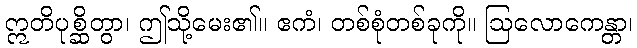
ဣတိပုစ္ဆိတွာ၊ ဤသို့မေး၏။ ဧကံ၊ တစ်စုံတစ်ခုကို။ ဩလောကေန္တာ၊